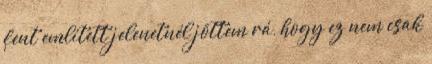
fent említett jelenetnél jöttem rá, hogy ez nem csak